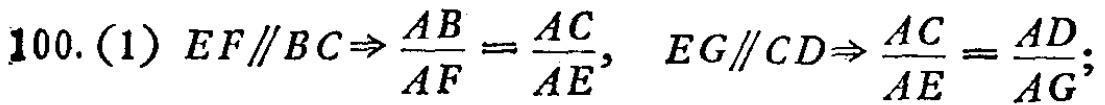
100. (1) \(EF\parallel BC\Rightarrow \frac{AB}{AF}=\frac{AC}{AE},\ EG\parallel CD\Rightarrow \frac{AC}{AE}=\frac{AD}{AG};\)